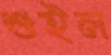
শুইল